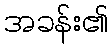
အခန်း၏